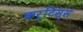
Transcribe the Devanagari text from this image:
कर्टिस्स